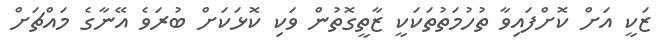
ޒަކީ އަށް ކޮށްފައިވާ ތުހުމަތުތަކަކީ ޒާތީގޮތުން ވަކި ކޮޅަކަށް ބުރަވެ އޭނާގެ މައްޗަށް